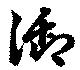
御